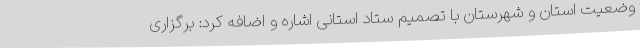
وضعیت استان و شهرستان با تصمیم ستاد استانی اشاره و اضافه کرد: برگزاری